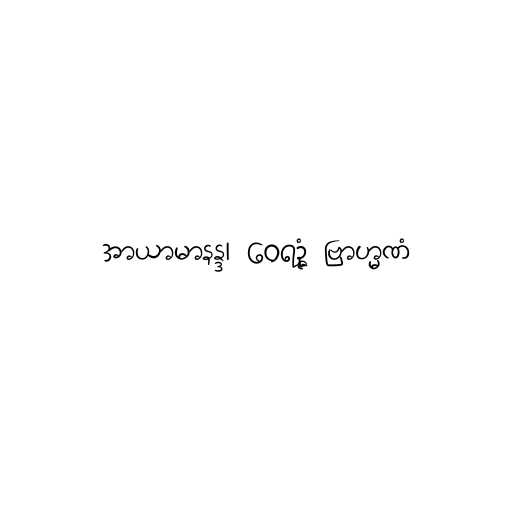
အာယာမာနန္ဒ၊ ဝေရဉ္ဇံ ဗြာဟ္မဏံ